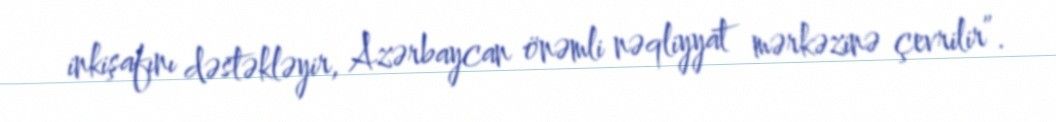
inkişafını dəstəkləyir, Azərbaycan önəmli nəqliyyat mərkəzinə çevrilir”.